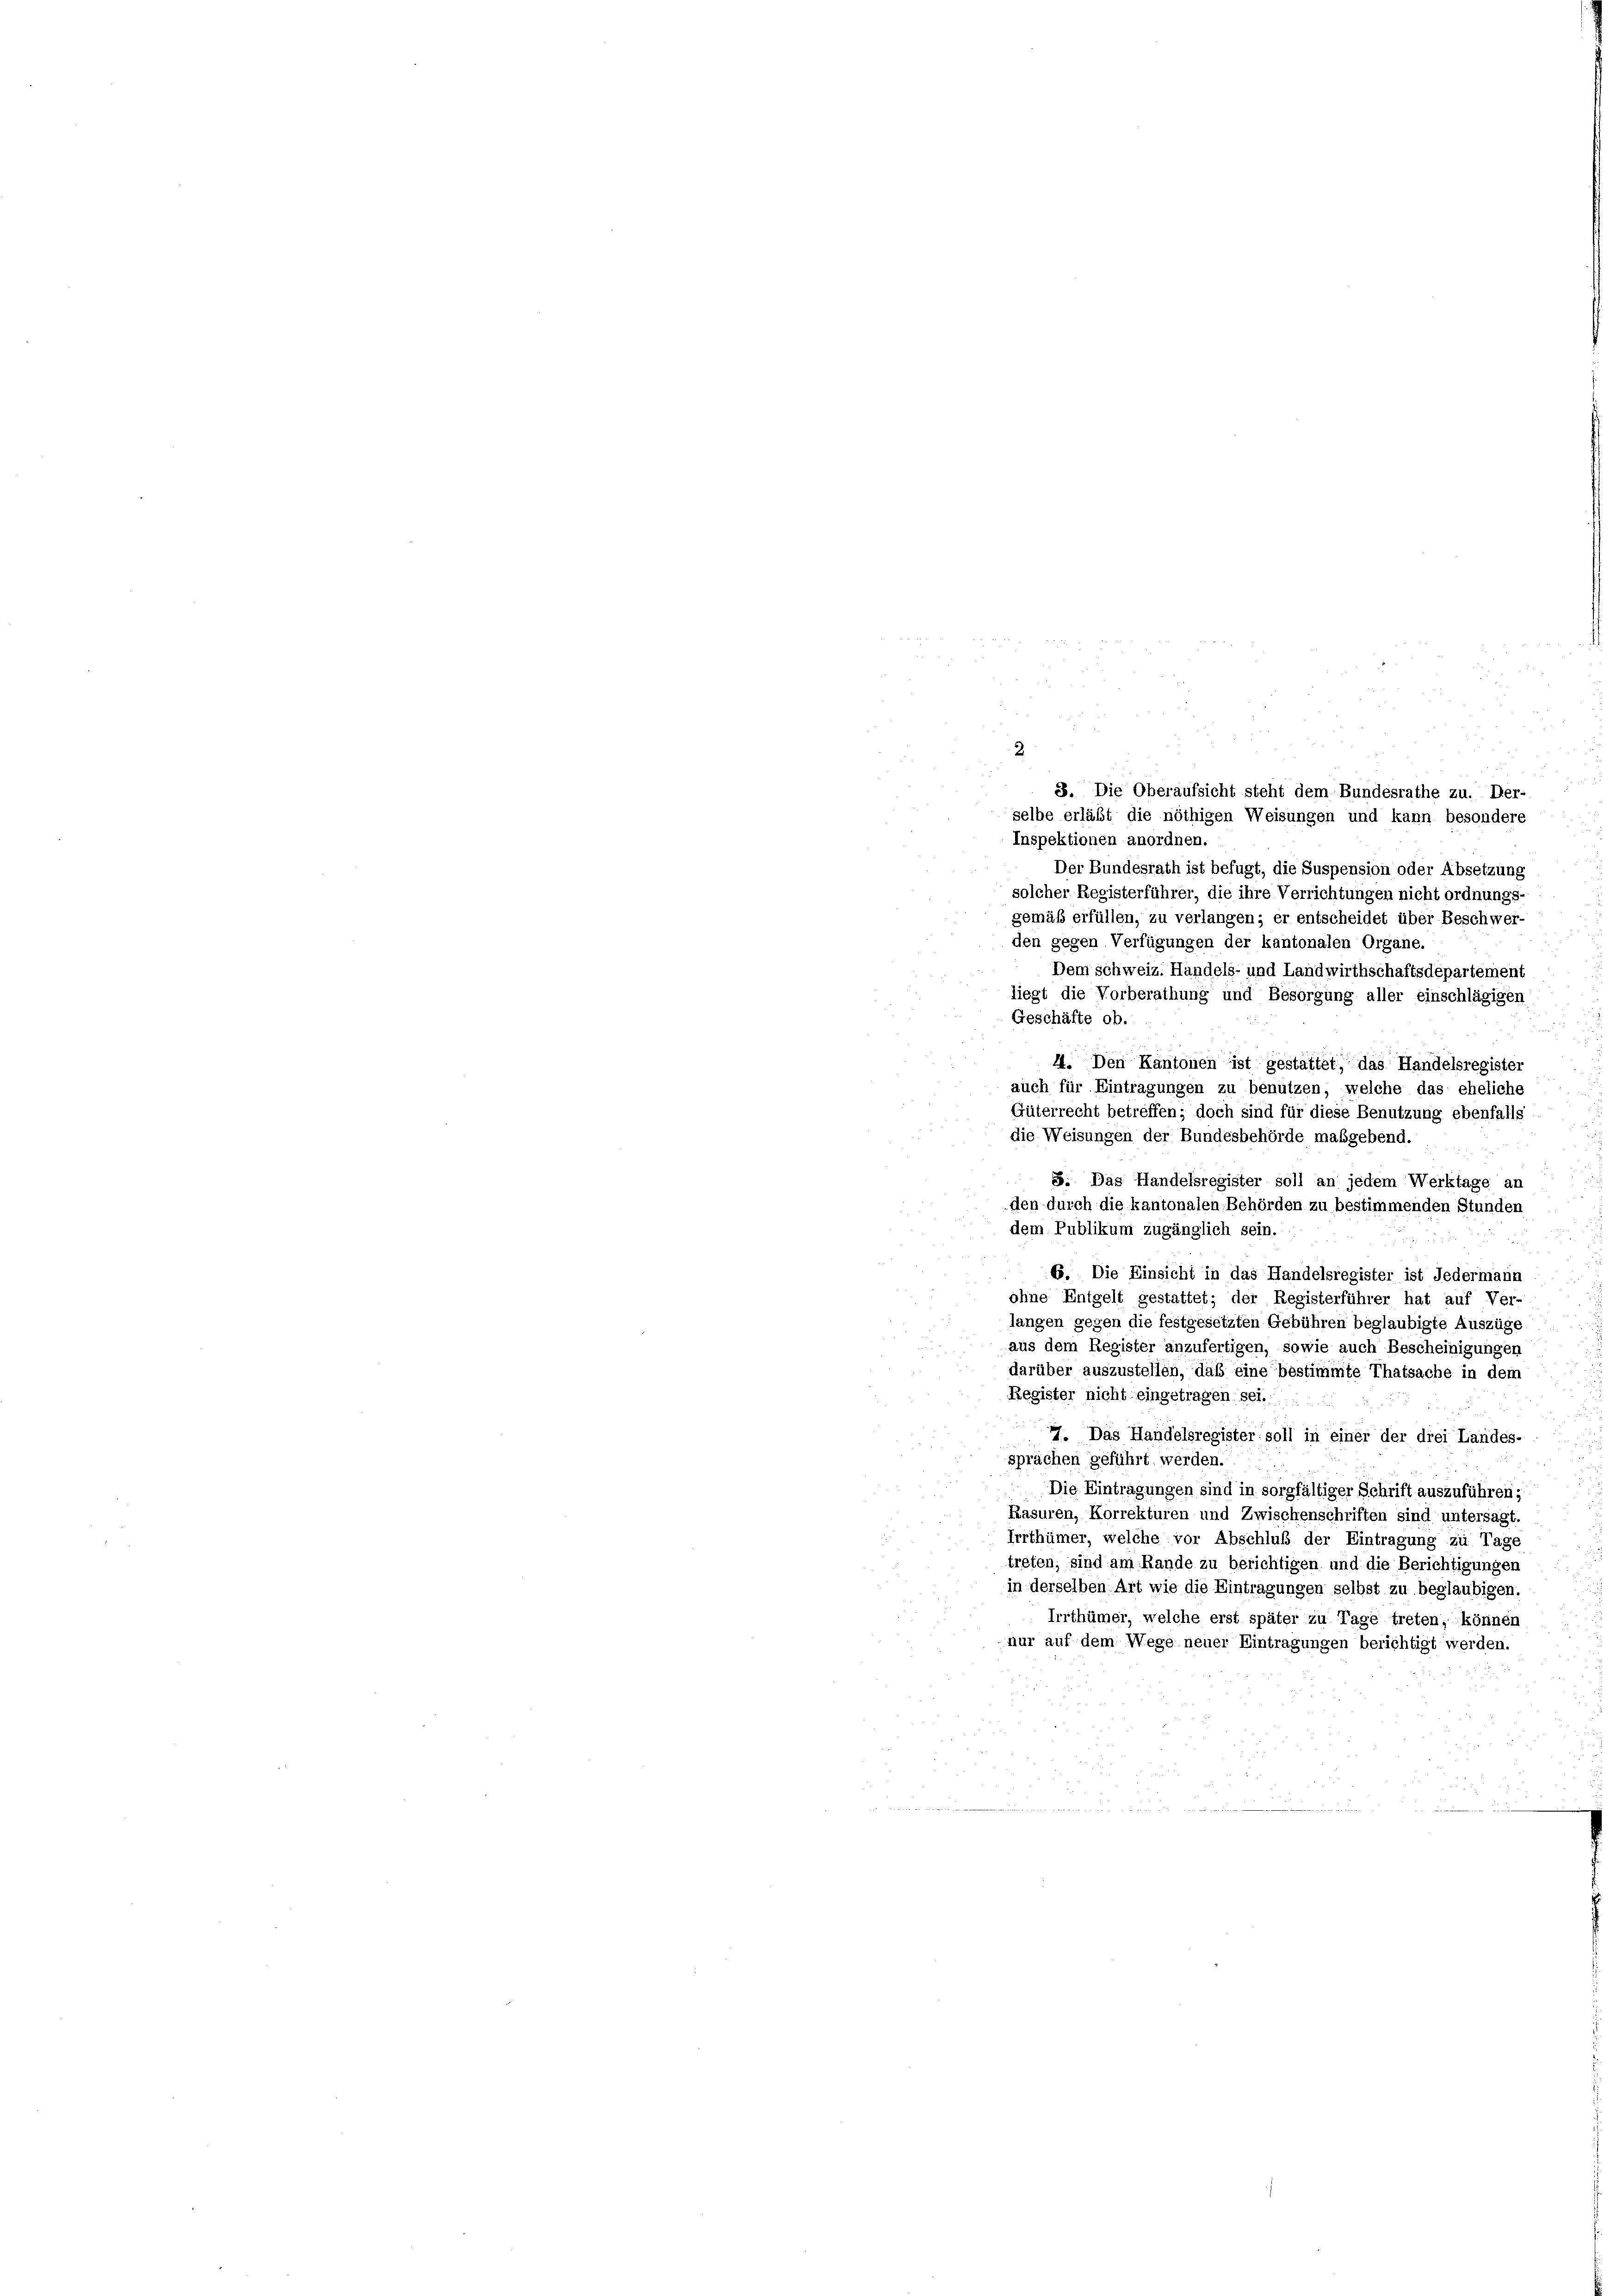
2

8. Die Oberaufsicht steht dem Bundesrathe zu. Her-
selbe erläßt die nöthigen Weisungen und kann besondere
Inspektionen anordnen.
Der Bundesrath ist befugt, die Suspension oder Absetzung
solcher Registerführer, die ihre Verrichtungen nicht ordnungs-
gemäß erfüllen, zu verlangen; er entscheidet über Beschwer-
den gegen Verfügungen der kantonalen Organe.
Dem Schweiz. Handels- und Landwirthschaftsdepartement
liegt die Vorberathung und Besorgung aller einschlägigen
Geschäfte ob.
44. Den Kantonen ist gestattet, das Handelsregister
auch für Eintragungen zu benützen, welche das eheliche
Güterrecht betreffen; doch sind für diese Benutzung ebenfalls
die Weisungen der Bundesbehörde maßgebend.

5. Das Handelsregister soll an jedem Werktage an
den durch die kantonalen Behörden zu bestimmenden Stunden
dem Publikum zugänglich sein.

6. Die Einsicht in das Handelsregister ist Jedermann
ohne Entgelt gestattet; der Registerführer hat auf Ver-
langen gegen die festgesetzten Gebühren beglaubigte Auszüge
aus dem Register anzufertigen, sowie auch Bescheinigungen
darüber auszustellen, daß eine bestimmte Thatsache in dem
Register nicht eingetragen sei.
77. Das Handelsregister soll in einer der drei Landes-
sprächen geführt werden.
Die Eintragungen sind in sorgfältiger Schrift auszuführen;
Rasuren, Korrekturen und Zwischenschriften sind untersagt.
Irrthümer, welche vor Abschluß der Eintragung zu Tage
treten, sind am Rande zu berichtigen und die Berichtigungen
in derselben Art wie die Eintragungen selbst zu beglaubigen.
Irrthümer, welche erst später zu Tage treten, können
nur auf dem Wege neuer Eintragungen berichtigt werden.